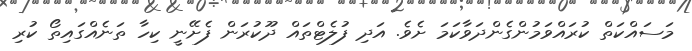
މަސައްކަތް ކުރައްވަމުންގެންދަވާކަމަ ށެވެ. އަދި ފުލެޓްތައް ދޫކުރަން ފެށޭނީ ކިހާ ތަނެއްގައިތޯ ކުރި